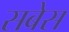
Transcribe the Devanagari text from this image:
सबेस